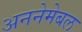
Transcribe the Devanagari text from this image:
अननेमेबल